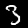
Digit: 3